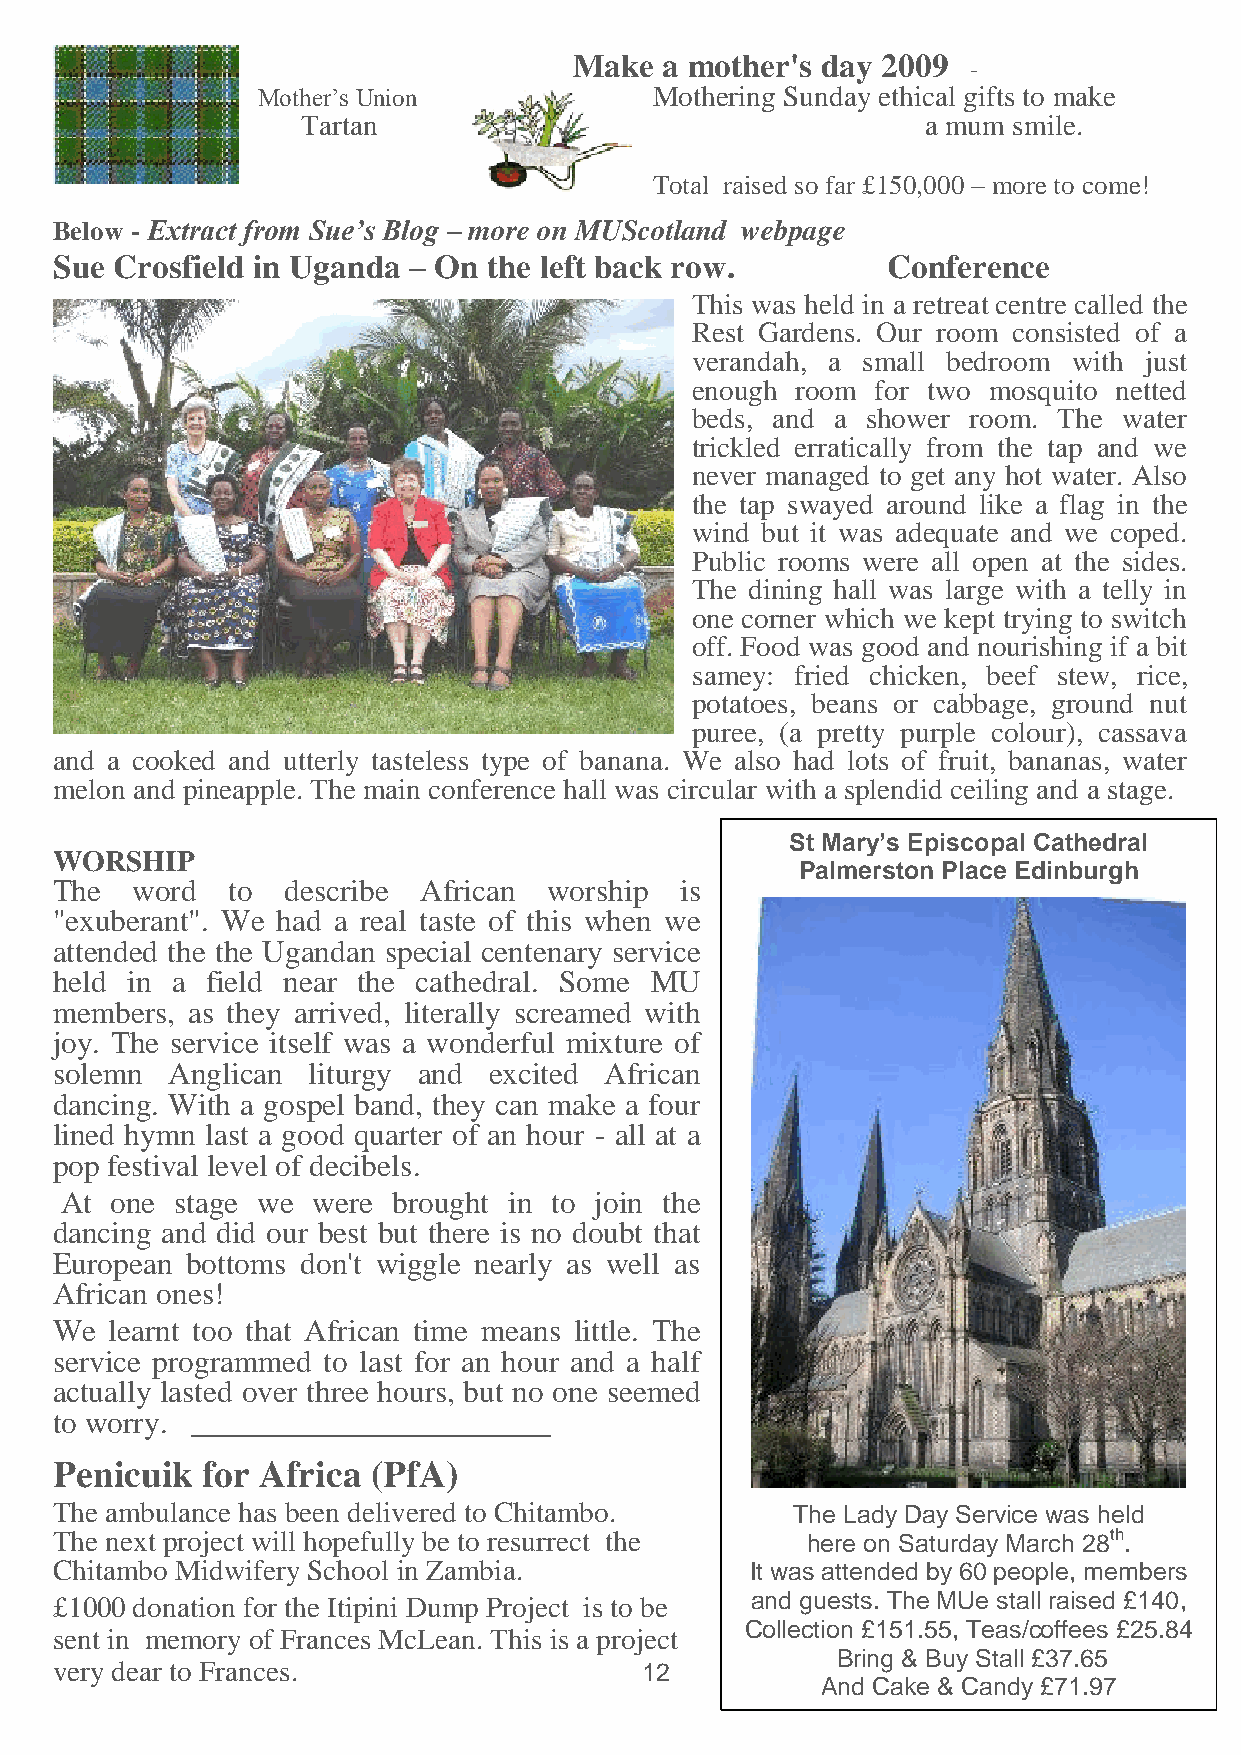
Make  a mother's day 2009
 -
 Mother’s Union            Mothering Sunday ethical gifts to make
 Tartan                                   a mum smile.
 Total raised so far £150,000 – more to come!
 Below - Extract from Sue’s Blog – more on MUScotland webpage
 Sue Crosfield in Uganda – On the left back row.        Conference
 This was held in a retreat centre called the
 Rest Gardens. Our room consisted of a
 verandah, a small bedroom with just
 enough room for two mosquito netted
 beds, and a shower room. The water
 trickled erratically from the tap and we
 never managed to get any hot water. Also
 the tap swayed around like a flag in the
 wind but it was adequate and we coped.
 Public rooms were all open at the sides.
 The dining hall was large with a telly in
 one corner which we kept trying to switch
 off. Food was good and nourishing if a bit
 samey: fried chicken, beef stew, rice,
 potatoes, beans or cabbage, ground nut
 puree, (a pretty purple colour), cassava
 and a cooked and utterly tasteless type of banana. We also had lots of fruit, bananas, water
 melon and pineapple. The main conference hall was circular with a splendid ceiling and a stage.
 St Mary’s Episcopal Cathedral
 WORSHIP
 Palmerston Place Edinburgh
 The  word  to  describe African worship  is
 "exuberant". We had a real taste of this when we
 attended the the Ugandan special centenary service
 held in a field near the cathedral. Some MU
 members, as they arrived, literally screamed with
 joy. The service itself was a wonderful mixture of
 solemn Anglican liturgy and excited African
 dancing. With a gospel band, they can make a four
 lined hymn last a good quarter of an hour - all at a
 pop festival level of decibels.
 At one  stage we were brought in to join the
 dancing and did our best but there is no doubt that
 European bottoms don't wiggle nearly as well as
 African ones!
 We learnt too that African time means little. The
 service programmed to last for an hour and a half
 actually lasted over three hours, but no one seemed
 to worry. _______________________
 Penicuik for Africa  (PfA)
 The ambulance has been delivered to Chitambo.   The Lady Day Service was held
 The next project will hopefully be to resurrect the here on Saturday March 28th.
 Chitambo Midwifery School in Zambia.          It was attended by 60 people, members
 £1000 donation for the Itipini Dump Project is to be and guests. The MUe stall raised £140,
 Collection £151.55, Teas/coffees £25.84
 sent in memory of Frances McLean. This is a project
 Bring & Buy Stall £37.65
 very dear to Frances.                 12
 And Cake & Candy £71.97